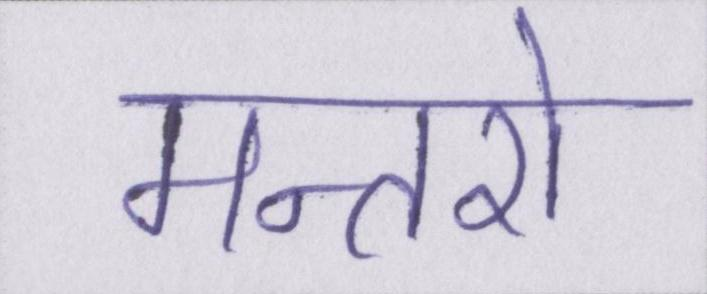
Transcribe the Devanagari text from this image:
मन्तरो